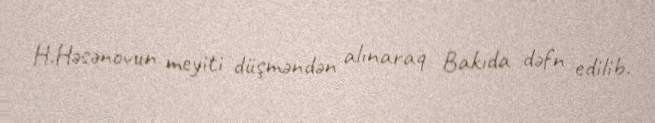
H.Həsənovun meyiti düşməndən alınaraq Bakıda dəfn edilib.